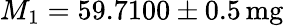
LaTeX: M_{1}=59.7100\pm 0.5\, \mathrm{mg}